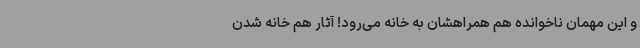
و این مهمان ناخوانده هم همراهشان به خانه می‌رود! آثار هم خانه شدن